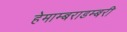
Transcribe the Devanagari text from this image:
हेमाम्बराडम्बरी